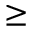
\geq